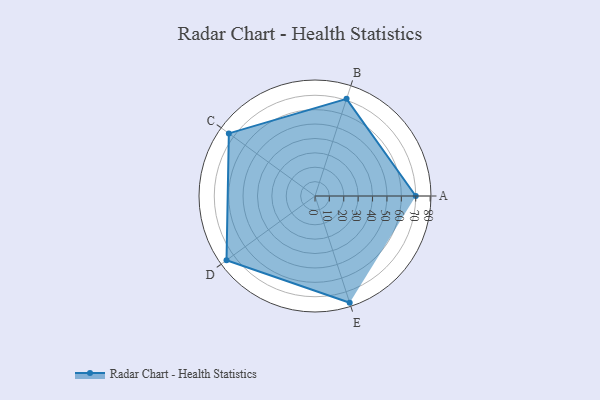
{"axis": {"x": "Skill", "y": "Score"}, "legend": ["Profile"], "data": [{"x": "A", "y": 70.0, "type": "Profile"}, {"x": "B", "y": 71.0, "type": "Profile"}, {"x": "C", "y": 74.0, "type": "Profile"}, {"x": "D", "y": 76.0, "type": "Profile"}, {"x": "E", "y": 78.0, "type": "Profile"}]}